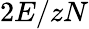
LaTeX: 2E/zN